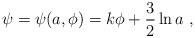
LaTeX: \begin{align*}\psi = \psi (a, \phi) = k \phi + \frac{3}{2} \ln{a} \ ,\end{align*}